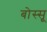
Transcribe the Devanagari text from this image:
बोस्सू